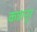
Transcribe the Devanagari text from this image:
कन्नानूर